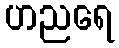
ဟညရေ